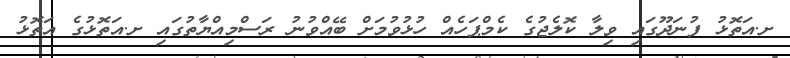
ށ.އަތޮޅު ފުނަދޫގައި ވިލާ ކޮލެޖުގެ ކެމްޕަހެއް ހުޅުވުމަށް ބޭއްވުނު ރަސްމިއްޔާތުގައި ށ.އަތޮޅުގެ އަތޮޅު